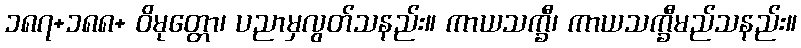
၁၈၇+၁၈၈+ ဝိမုတ္တော၊ ပညာမှလွတ်သနည်း။ ကာယသက္ခီ၊ ကာယသက္ခီမည်သနည်း။